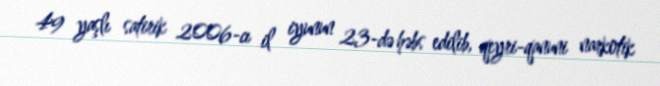
49 yaşlı satirik 2006-cı il iyunun 23-də həbs edilib, qeyri-qanuni narkotik